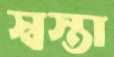
স্বস্তা